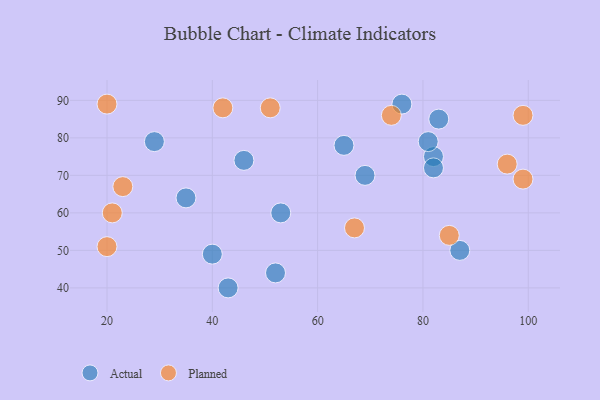
{"axis": {"x": "GDP", "y": "Life Expectancy"}, "legend": ["Actual", "Planned"], "data": [{"x": "46", "y": 74, "type": "Actual"}, {"x": "65", "y": 78, "type": "Actual"}, {"x": "76", "y": 89, "type": "Actual"}, {"x": "53", "y": 60, "type": "Actual"}, {"x": "40", "y": 49, "type": "Actual"}, {"x": "82", "y": 75, "type": "Actual"}, {"x": "81", "y": 79, "type": "Actual"}, {"x": "69", "y": 70, "type": "Actual"}, {"x": "35", "y": 64, "type": "Actual"}, {"x": "87", "y": 50, "type": "Actual"}, {"x": "29", "y": 79, "type": "Actual"}, {"x": "82", "y": 72, "type": "Actual"}, {"x": "52", "y": 44, "type": "Actual"}, {"x": "83", "y": 85, "type": "Actual"}, {"x": "43", "y": 40, "type": "Actual"}, {"x": "96", "y": 73, "type": "Planned"}, {"x": "85", "y": 54, "type": "Planned"}, {"x": "74", "y": 86, "type": "Planned"}, {"x": "23", "y": 67, "type": "Planned"}, {"x": "99", "y": 69, "type": "Planned"}, {"x": "20", "y": 51, "type": "Planned"}, {"x": "20", "y": 89, "type": "Planned"}, {"x": "21", "y": 60, "type": "Planned"}, {"x": "67", "y": 56, "type": "Planned"}, {"x": "42", "y": 88, "type": "Planned"}, {"x": "51", "y": 88, "type": "Planned"}, {"x": "99", "y": 86, "type": "Planned"}]}